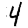
Digit: 4